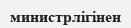
министрлігінен